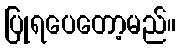
ပြုရပေတော့မည်။